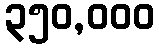
၃၅၀,၀၀၀